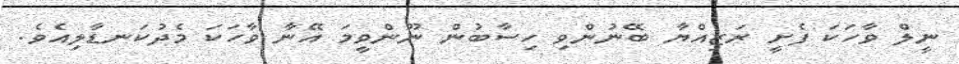
ނީލް ވާހަކަ ފެށީ ރަޒިއްޔާ ބޭނުންވި ހިސާބުން ނޫންވީމަ އޭނާ ވާހަކަ މެދުކަނޑާލިއެވެ.